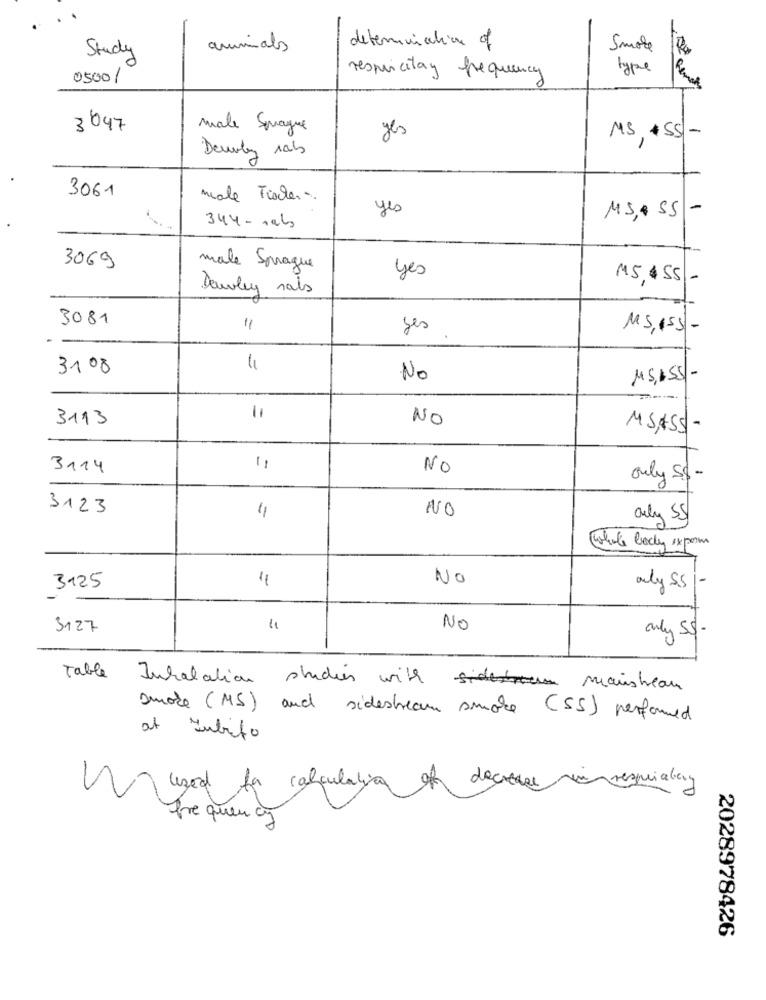
Study
animals
determination of
Smore
type
0500/
respeicita y frequency
Remar
3047
male Spague
yes
MS, 155 -
Deurly 1abs
3061
male Fischer
yes
MS, 55 -
344 - cats
3069
male Sprague
yes
M5,155 -
Douley sais
3081
"1
yes
MS,155/-
31 08
No
15,155 -
3113
11
NO
MSASS -
3114
NO
only s. -
3123
NO
only 55
Whole body exporm
No
3125
only Ss|-
3127
NO
only SS -
Table
Inhalation studien with mainstream
smoke (MS) and sidestream smoke (SS) performed
at subito
Mugod la calculating
of decrease in respiratory
frequency
2028978426